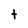
Character: t